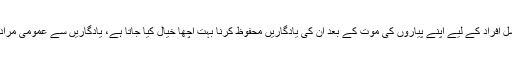
ان آسٹریلوی اصلی النسل افراد کے لیے اپنے پیاروں کی موت کے بعد ان کی یادگاریں محفوظ کرنا بہت اچھا خیال کیا جاتا ہے، یادگاریں سے عمومی مراد مردوں کی ہڈیاں ہیں۔